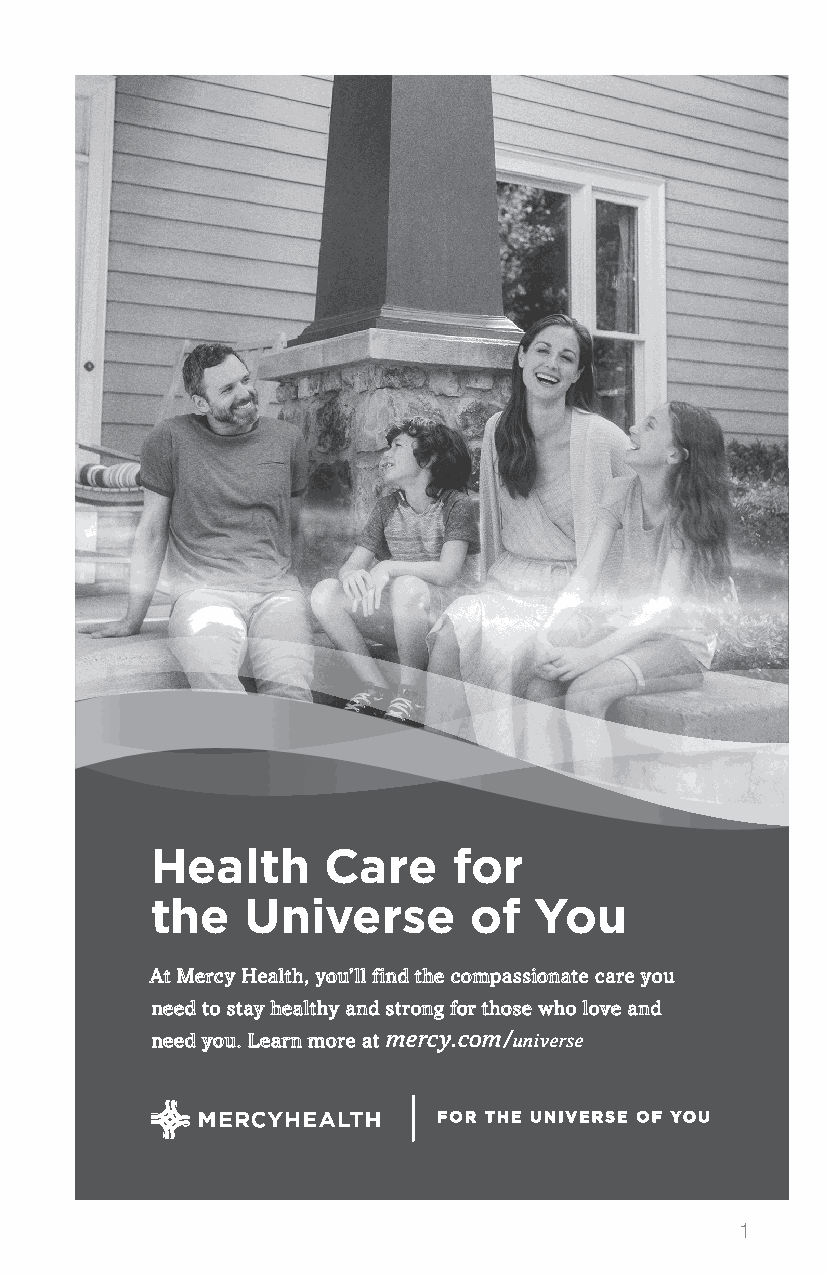
Health     Care     for
 the   Universe       of  You
 At Mercy Health, you’ll find the compassionate care you
 need to stay healthy and strong for those who love and
 need you. Learn more at mercy.com/universe
 FOR THE UNIVERSE OF YOU
 1